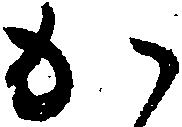
か